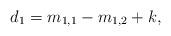
LaTeX: \begin{align*}d_{1}=m_{1,1}-m_{1,2}+k,\end{align*}